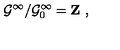
{ \cal G } ^ { \infty } / { \cal G } _ { 0 } ^ { \infty } = { \bf Z \ , }